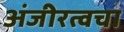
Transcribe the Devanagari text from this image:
अंजीरत्वचा